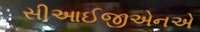
સીઆઈજીએનએ